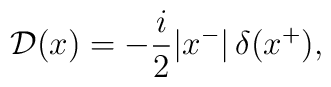
{\cal D}(x)=-\frac{i}{2}|x^-|\,\delta(x^+),